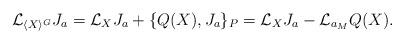
LaTeX: \begin{gather*}{\mathcal L}_{\langle X\rangle^{G}}J_{a}={\mathcal L}_{X}J_{a}+\{Q(X),J_{a}\}_{P}={\mathcal L}_{X}J_{a}-{\mathcal L}_{a_{M}}Q(X).\end{gather*}